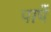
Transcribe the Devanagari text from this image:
पापें